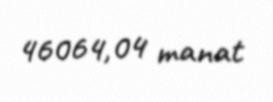
46064,04 manat